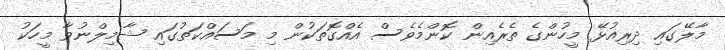
މާލޭގައި ދިރިއުޅޭ މީހުންގެ ތެރެއިން ކޮންމެވެސް އެއްގޮތަކުން މި މަސައްކަތުގައި ޝާމިލްނުވާ މީހަކު